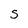
Character: S